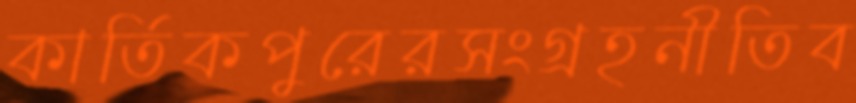
কার্তিকপুরেরসংগ্রহনীতিব